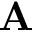
\mathbf { A }